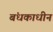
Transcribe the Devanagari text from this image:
बंधकाधीन